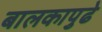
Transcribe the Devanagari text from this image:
बालकापुढे